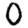
Digit: 0